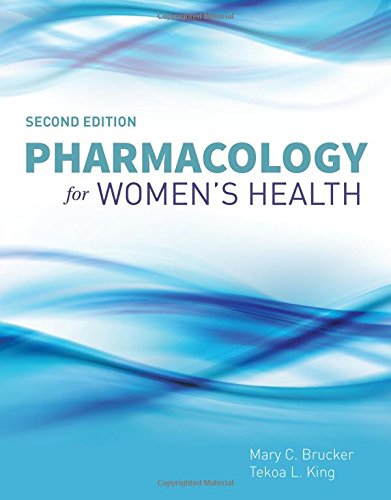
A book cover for Pharmacology For Women's Health; Mary C. Brucker; Medical Books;